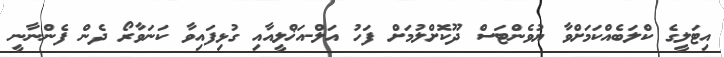
އިޓަލީގެ ކްލަބެއްކަމަށްވާ ޔުވެންޓަސް ދޫކޮށްލުމަށް ފަހު އަލް-އަޚްލީއާއި ގުޅިފައިވާ ކަނަވާރޯ ދެން ފެންނާނީ